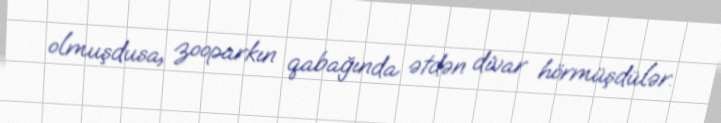
olmuşdusa, zooparkın qabağında ətdən divar hörmüşdülər.